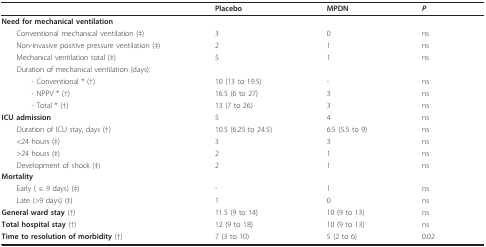
<table><thead><tr><td></td><td><b>Placebo</b></td><td><b>MPDN</b></td><td><b><i>P</i></b></td></tr></thead><tbody><tr><td><b>Need for mechanical ventilation</b></td><td></td><td></td><td></td></tr><tr><td> Conventional mechanical ventilation (‡)</td><td>3</td><td>0</td><td>ns</td></tr><tr><td> Non-invasive positive pressure ventilation (‡)</td><td>2</td><td>1</td><td>ns</td></tr><tr><td> Mechanical ventilation total (‡)</td><td>5</td><td>1</td><td>ns</td></tr><tr><td> Duration of mechanical ventilation (days):</td><td></td><td></td><td></td></tr><tr><td>- Conventional * (†)</td><td>10 (13 to 19.5)</td><td>-</td><td>ns</td></tr><tr><td>- NPPV * (†)</td><td>16.5 (6 to 27)</td><td>3</td><td>ns</td></tr><tr><td>- Total * (†)</td><td>13 (7 to 26)</td><td>3</td><td>ns</td></tr><tr><td><b>ICU admission</b></td><td>5</td><td>4</td><td>ns</td></tr><tr><td> Duration of ICU stay, days (†)</td><td>10.5 (6.25 to 24.5)</td><td>6.5 (5.5 to 9)</td><td>ns</td></tr><tr><td> &lt;24 hours (‡)</td><td>3</td><td>3</td><td>ns</td></tr><tr><td> &gt;24 hours (‡)</td><td>2</td><td>1</td><td>ns</td></tr><tr><td> Development of shock (‡)</td><td>2</td><td>1</td><td>ns</td></tr><tr><td><b>Mortality</b></td><td></td><td></td><td></td></tr><tr><td> Early ( ≤ 9 days) (‡)</td><td>-</td><td>1</td><td>ns</td></tr><tr><td> Late (&gt;9 days) (‡)</td><td>1</td><td>0</td><td>ns</td></tr><tr><td><b>General ward stay </b>(†)</td><td>11.5 (9 to 14)</td><td>10 (9 to 13)</td><td>ns</td></tr><tr><td><b>Total hospital stay </b>(†)</td><td>12 (9 to 18)</td><td>10 (9 to 13)</td><td>ns</td></tr><tr><td><b>Time to resolution of morbidity </b>(†)</td><td>7 (3 to 10)</td><td>5 (2 to 6)</td><td>0.02</td></tr></tbody></table>